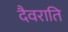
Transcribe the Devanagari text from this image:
दैवराति